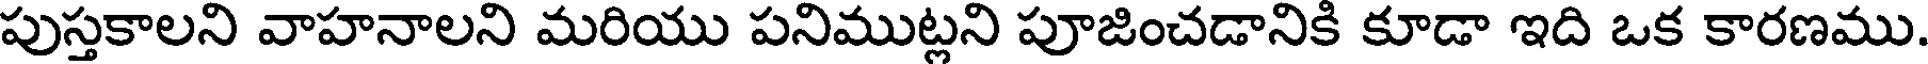
పుస్తకాలని వాహనాలని మరియు పనిముట్లని పూజించడానికి కూడా ఇది ఒక కారణము.